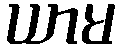
ယာမ